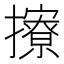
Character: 𢸘